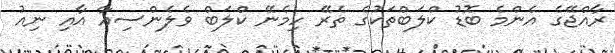
ރާއްޖޭގެ އެންމެ ބޮޑު ކްލަބްތަކުގެ ތެރޭ ހިމެނޭ ކްލަބް ވެލެންސިއާ އާއި ނިއު